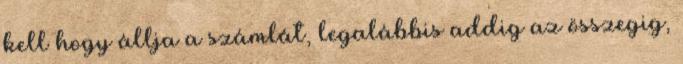
kell hogy állja a számlát, legalábbis addig az összegig,